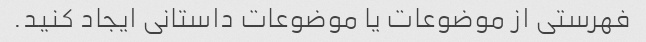
فهرستی از موضوعات یا موضوعات داستانی ایجاد کنید.